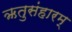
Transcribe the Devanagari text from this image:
ऋतुसंहारम्